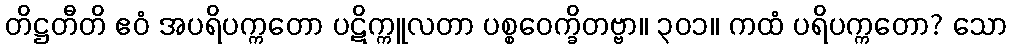
တိဋ္ဌတီတိ ဧဝံ အပရိပက္ကတော ပဋိက္ကူလတာ ပစ္စဝေက္ခိတဗ္ဗာ။ ၃၀၁။ ကထံ ပရိပက္ကတော? သော